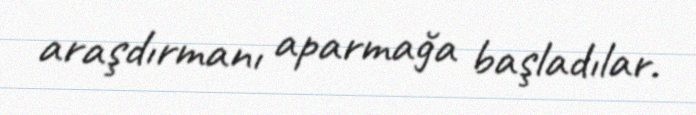
araşdırmanı aparmağa başladılar.